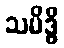
သမိဒ္ဓိ